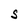
Character: S